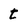
Character: t